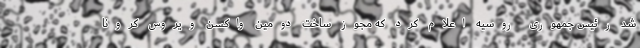
شد رئیس جمهوری روسیه اعلام کرد که مجوز ساخت دومین واکسن ویروس کرونا